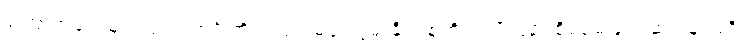
ကြောက်ခင်းမှာလည်း၊ အင်္ဂါကိုယ်လုံး၊ မဖုံးလွှမ်းနိုင်၊ စွဲကိုင်ကျိုးပြစ်၊ စိစစ်မမြင်၊ ဆင်ခြင်မရှိ၊